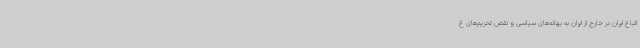
اتباع ایران در خارج از ایران به بهانه‌های سیاسی و نقض تحریم‌های غ